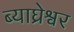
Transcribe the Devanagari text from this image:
ब्याघ्रेश्वर